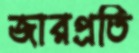
জারপ্রতি